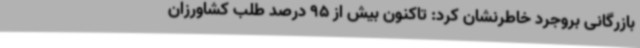
بازرگانی بروجرد خاطرنشان کرد: تاکنون بیش از 95 درصد طلب کشاورزان